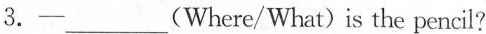
3.—___(Where/What) is the pencil?